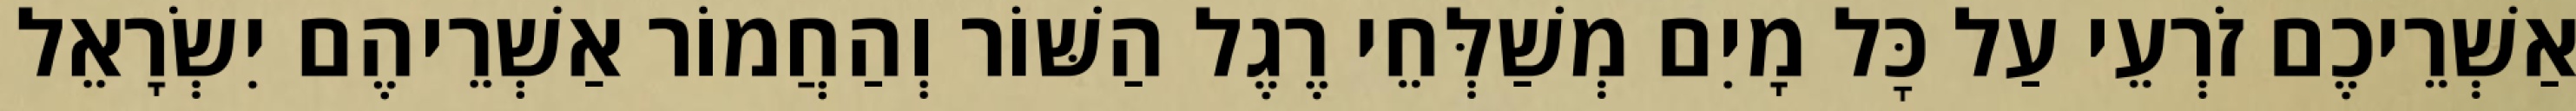
אַשְׁרֵיכֶם זֹרְעֵי עַל כׇּל מָיִם מְשַׁלְּחֵי רֶגֶל הַשּׁוֹר וְהַחֲמוֹר אַשְׁרֵיהֶם יִשְׂרָאֵל